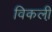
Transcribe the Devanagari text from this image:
विकली़